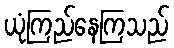
ယုံကြည်နေကြသည်